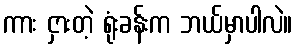
ကား ငှားတဲ့ ရုံးခန်းက ဘယ်မှာပါလဲ။